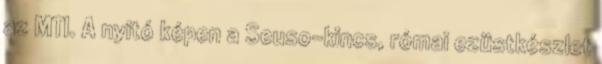
az MTI. A nyitó képen a Seuso-kincs, római ezüstkészlet